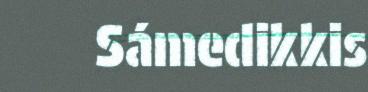
Sámedikkis